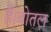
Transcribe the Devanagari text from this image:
हैं।बोतल